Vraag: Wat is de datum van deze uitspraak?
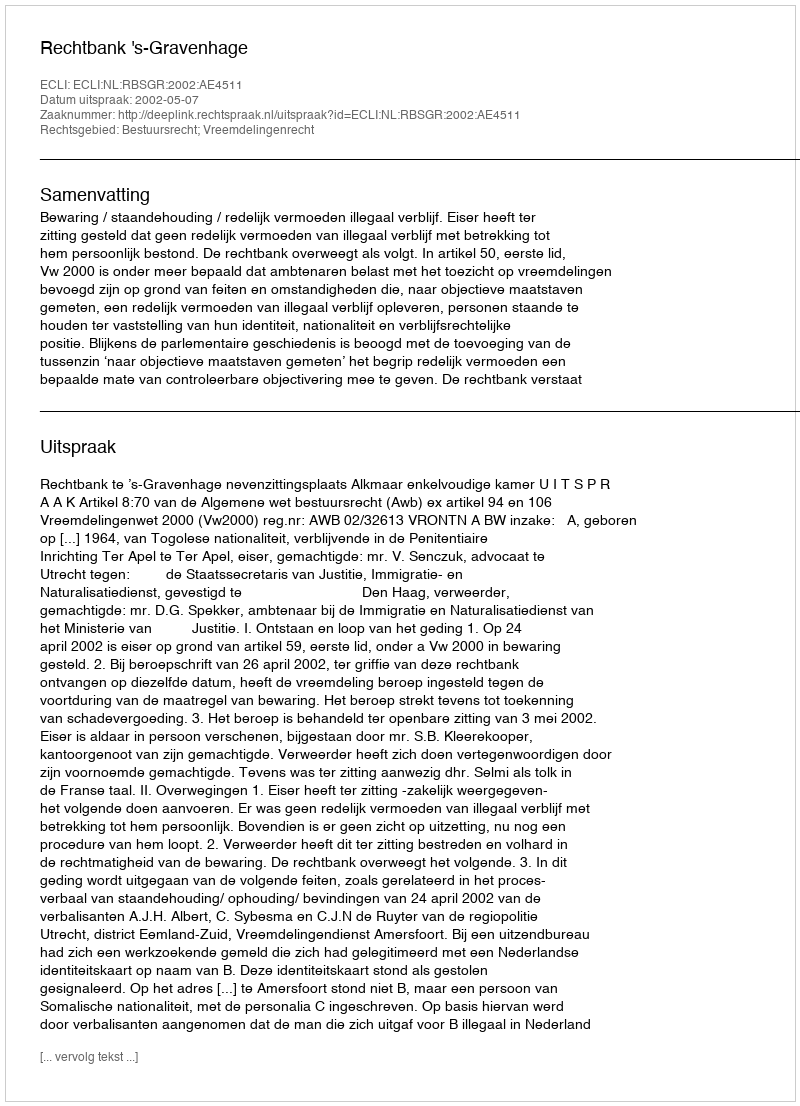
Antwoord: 2002-05-07